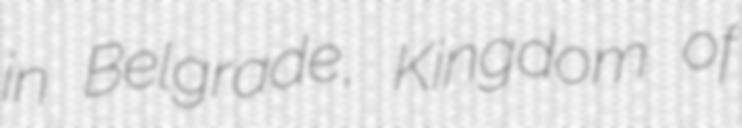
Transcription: in Belgrade, Kingdom of